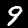
Digit: 9